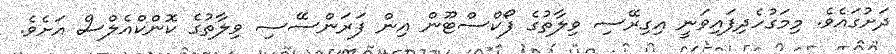
ދަށުގައެވެ. މިމަގުހެދިފައިވަނީ އިގިރޭސި ވިލާތުގެ ފޯކްސްޓޫން އިން ފަރަންސޭސި ވިލާތުގެ ކޮންކްއެލްސް އަށެވެ.